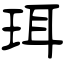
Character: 珥